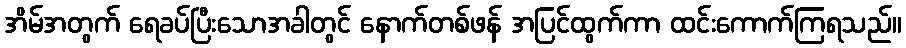
အိမ်အတွက် ရေခပ်ပြီးသောအခါတွင် နောက်တစ်ဖန် အပြင်ထွက်ကာ ထင်းကောက်ကြရသည်။